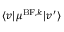
\langle v \vert \mu ^ { \mathrm { B F } , k } \vert v ^ { \prime } \rangle